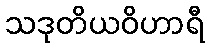
သဒုတိယဝိဟာရီ